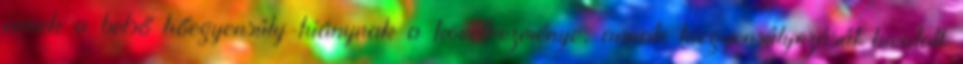
ennek a belső hőegyensúly-hiánynak a következménye, annak kiegyensúlyozását hivatott